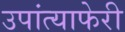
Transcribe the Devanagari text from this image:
उपांत्याफेरी